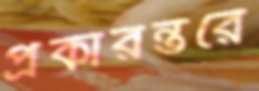
প্রকারন্তরে